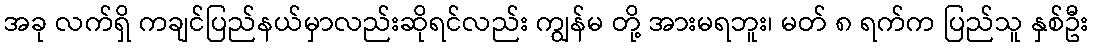
အခု လက်ရှိ ကချင်ပြည်နယ်မှာလည်းဆိုရင်လည်း ကျွန်မ တို့ အားမရဘူး၊ မတ် ၈ ရက်က ပြည်သူ နှစ်ဦး